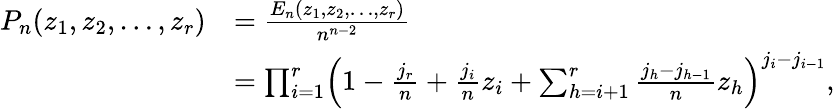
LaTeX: \begin{array}{rl}{P_{n}(z_{1},z_{2},\dots,z_{r})}&{=\frac{E_{n}(z_{1},z_{2},\dots,z_{r})}{n^{n-2}}}\\ &{=\prod_{i=1}^{r}\Bigl(1-\frac{j_{r}}{n}+\frac{j_{i}}{n}z_{i}+\sum_{h=i+1}^{r}\frac{j_{h}-j_{h-1}}{n}z_{h}\Bigr)^{j_{i}-j_{i-1}},}\end{array}